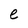
Character: e